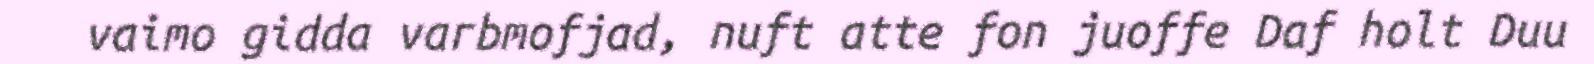
vaimo gidda varbmofjad, nuft atte fon juoffe Daf holt Duu